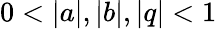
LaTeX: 0<|a|,|b|,|q|<1